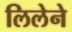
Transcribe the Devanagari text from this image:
लिलेने